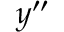
y ^ { \prime \prime }